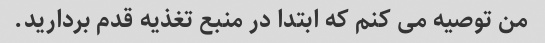
من توصیه می کنم که ابتدا در منبع تغذیه قدم بردارید.